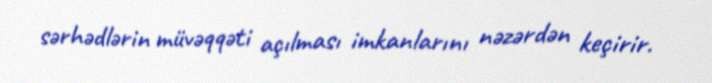
sərhədlərin müvəqqəti açılması imkanlarını nəzərdən keçirir.